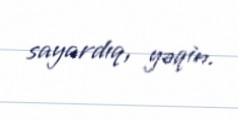
sayardıq, yəqin.